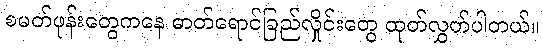
စမတ်ဖုန်းတွေကနေ ဓာတ်ရောင်ခြည်လှိုင်းတွေ ထုတ်လွှတ်ပါတယ်။